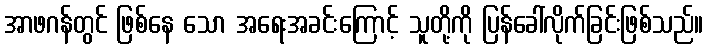
အာဖဂန်တွင် ဖြစ်နေ သော အရေးအခင်းကြောင့် သူတို့ကို ပြန်ခေါ်လိုက်ခြင်းဖြစ်သည်။